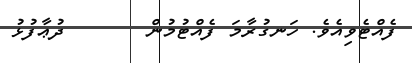
ފެއްޓެވިއެވެ. ހަނގުރާމަ ފެއްޓުމުން       ދުޢާފުޅު